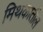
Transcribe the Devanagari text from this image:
मिथकातील